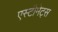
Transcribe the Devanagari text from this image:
एस्टीमेट्स